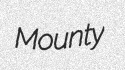
Mounty